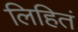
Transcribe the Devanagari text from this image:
लिहितं